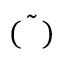
\Tilde { ( ~ ~ ) }